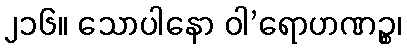
၂၁၆။ သောပါနော ဝါ’ရောဟဏဉ္စ၊